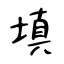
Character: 填